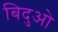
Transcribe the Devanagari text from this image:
बिदुओ